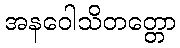
အနဝေါသိတတ္တော